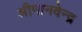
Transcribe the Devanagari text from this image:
श्रीमानवेन्द्र